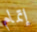
إتمام